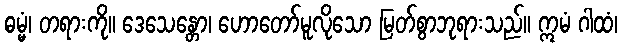
ဓမ္မံ၊ တရားကို။ ဒေသေန္တော၊ ဟောတော်မူလိုသော မြတ်စွာဘုရားသည်။ ဣမံ ဂါထံ၊